Taavet_Bergmanni_abiraha_sihtasutus, lk 16
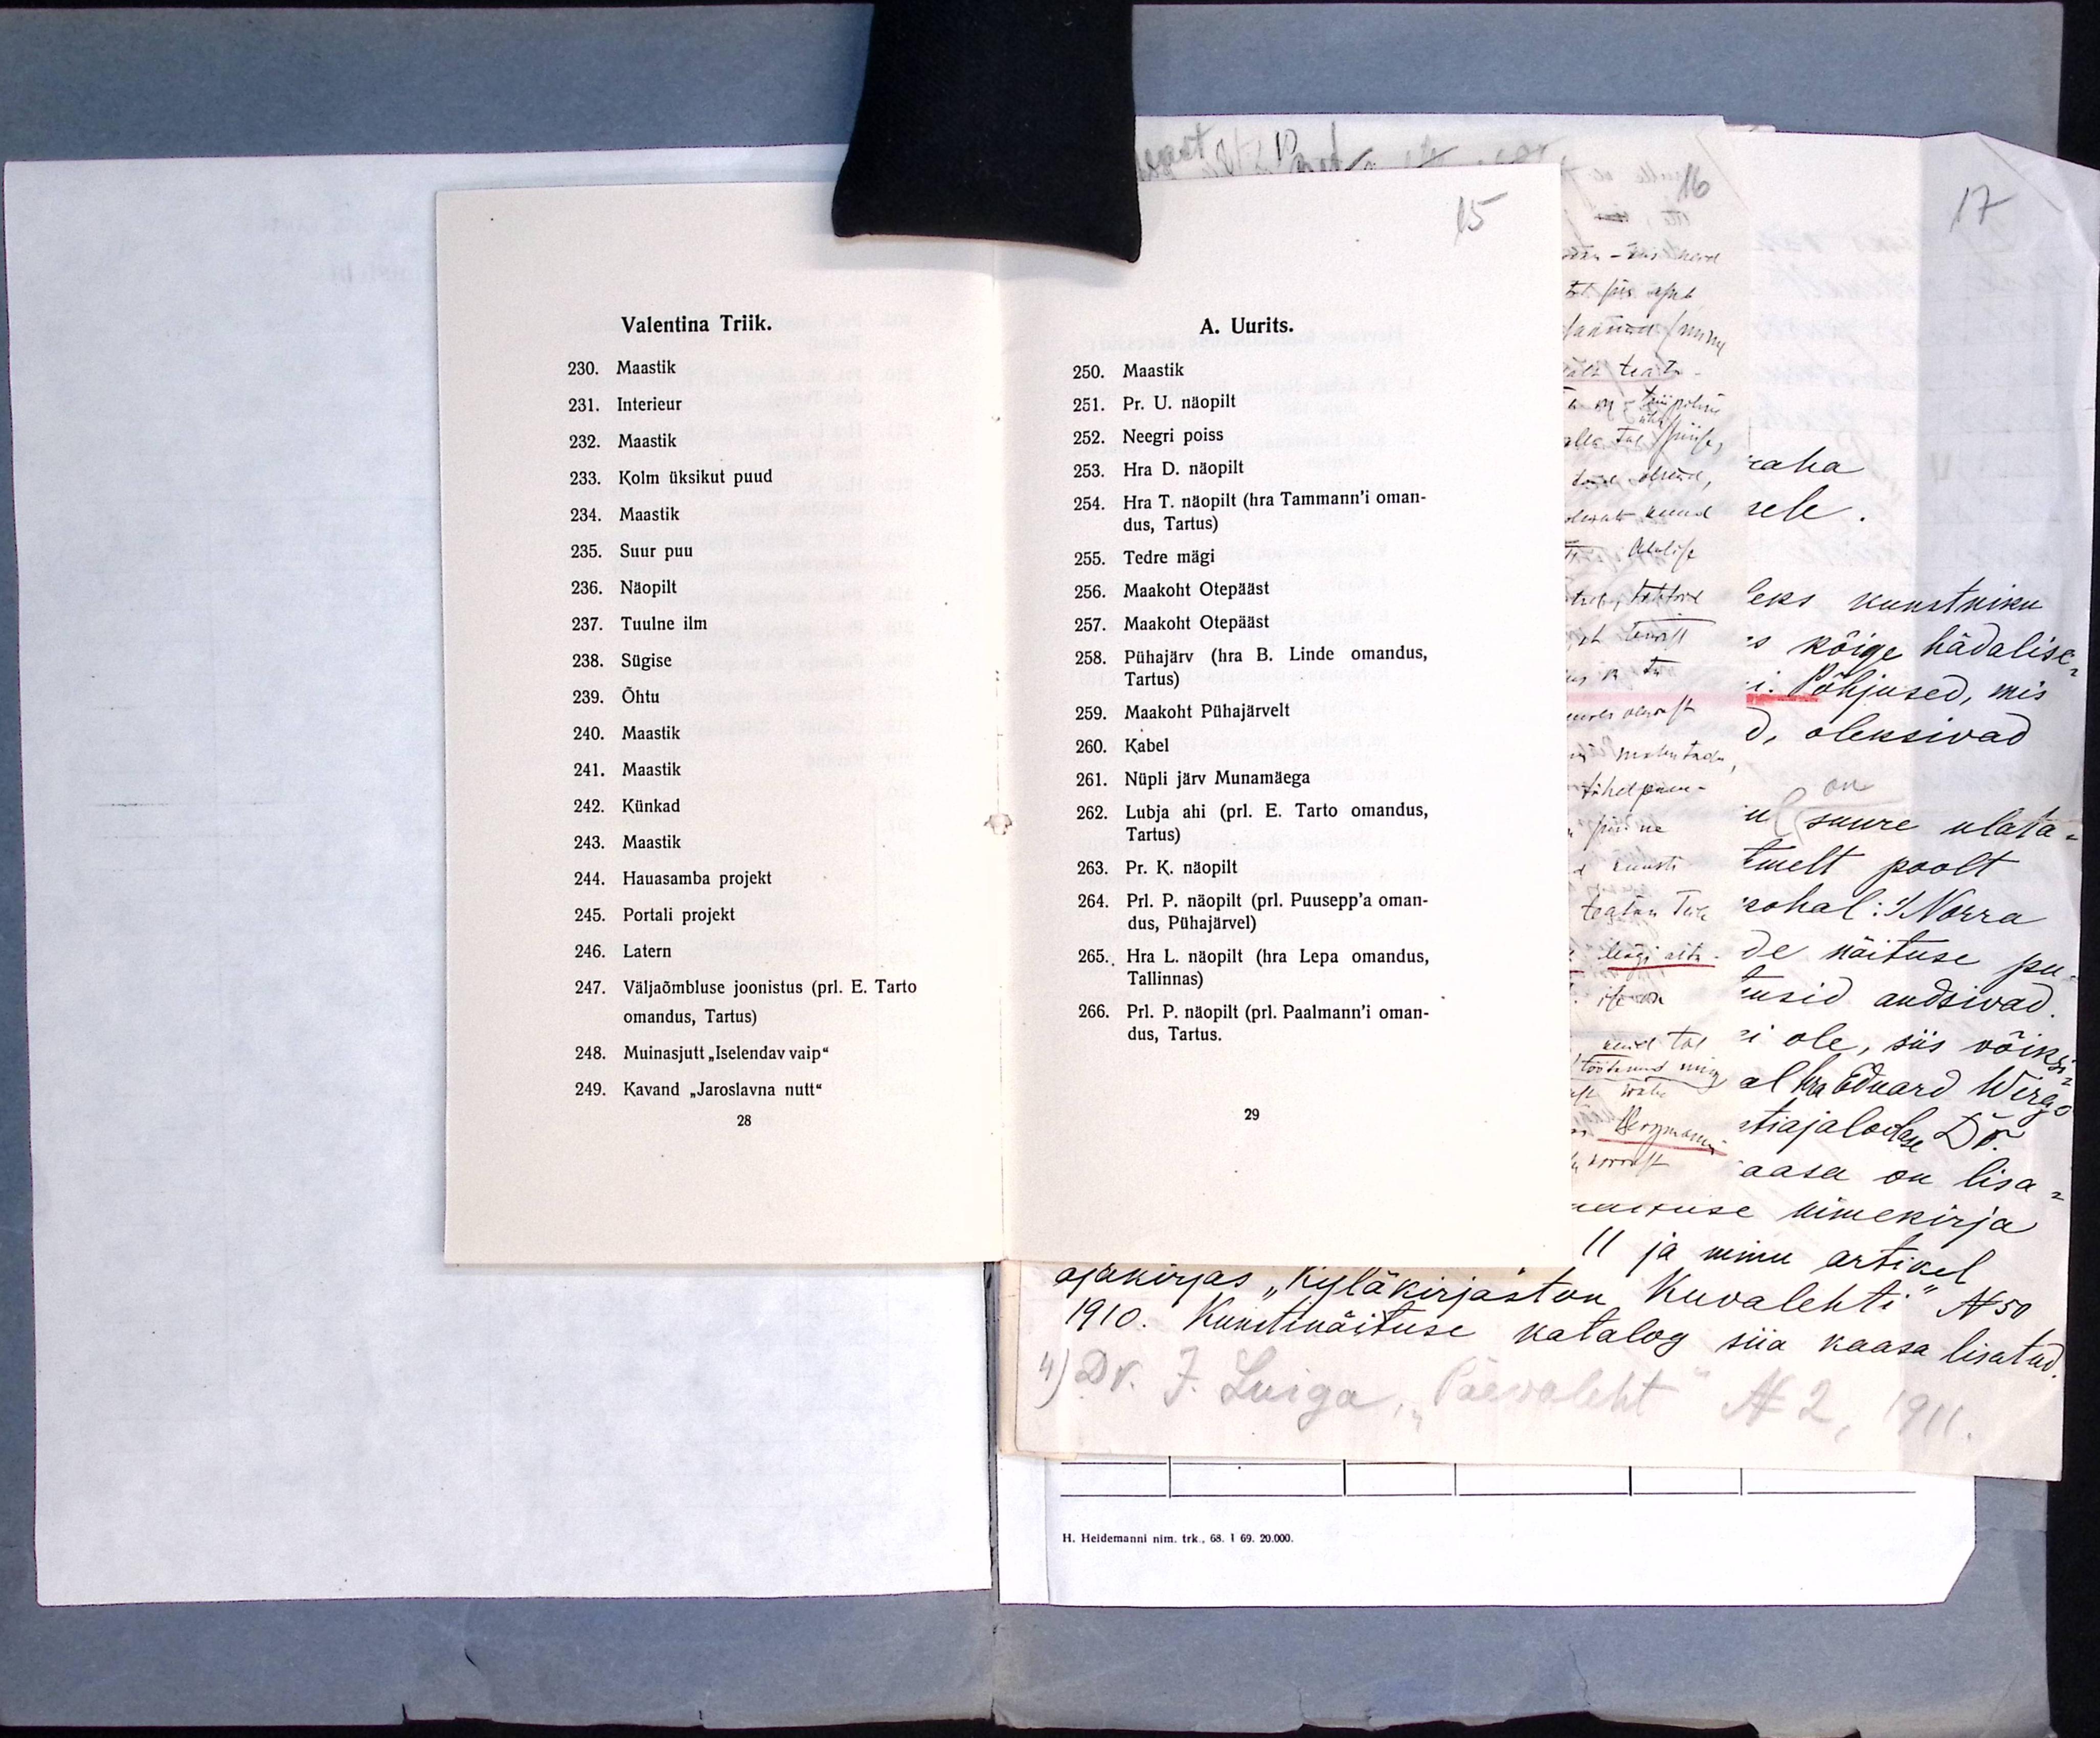
Valentina Triik.
230. Maastik
231. Interieur
232. Maastik
233. Kolm üksikut puud
234. Maastik
235. Suur puu
236. Näopilt
237. Tuulne ilm
238. Sügise
239. Õhtu
240. Maastik
241. Maastik
242. Künkad
243. Maastik
244. Hauasamba projekt
245. Portali projekt
246. Latern
247. Väljaõmbluse joonistus (prl. E. Tarto
omandus, Tartus)
248. Muinasjutt "Iselendav vaip"
249. Kavand "Jaroslavna nutt"
28

15
A. Uurits.
250. Maastik
251. Pr. U. näopilt
252. Neegri poiss
253. Hra D. näopilt
254. Hra T. näopilt (hra Tammann'i oman-
dus, Tartus)
255. Tedre mägi
256. Maakoht Otepääst
257. Maakoht Otepääst
258. Pühajärv (hra B. Linde omandus,
Tartus)
259. Maakoht Pühajärvelt
260. Kabel
261. Nüpli järv Munamäega
262. Lubja ahi (prl. E. Tarto omandus,
Tartus)
263. Pr. K. näopilt
264. Prl. P. näopilt (prl. Puusepp'a oman-
dus, Pühajärvel)
265. Hra L. näopilt (hra Lepa omandus,
Tallinnas)
266. Prl. P. näopilt (prl. Paalmann'i oman-
dus, Tartus.
29